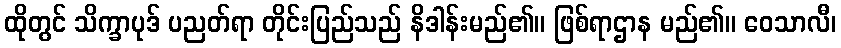
ထိုတွင် သိက္ခာပုဒ် ပညတ်ရာ တိုင်းပြည်သည် နိဒါန်းမည်၏။ ဖြစ်ရာဌာန မည်၏။ ဝေသာလီ၊